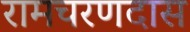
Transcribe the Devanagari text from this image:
रामचरणदास